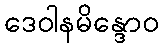
ဒေဝါနမိန္ဒောဝ